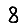
Digit: 8